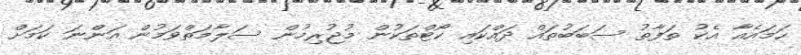
ހަމައެއާ އެކު ތަފާތު ސަބަބުތައް ދައްކައި ކޯޓްތަކުން މުޖުރިމުން ސަލާމަތްވަމުން އަންނަ ކަމަށް